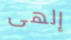
إلهى